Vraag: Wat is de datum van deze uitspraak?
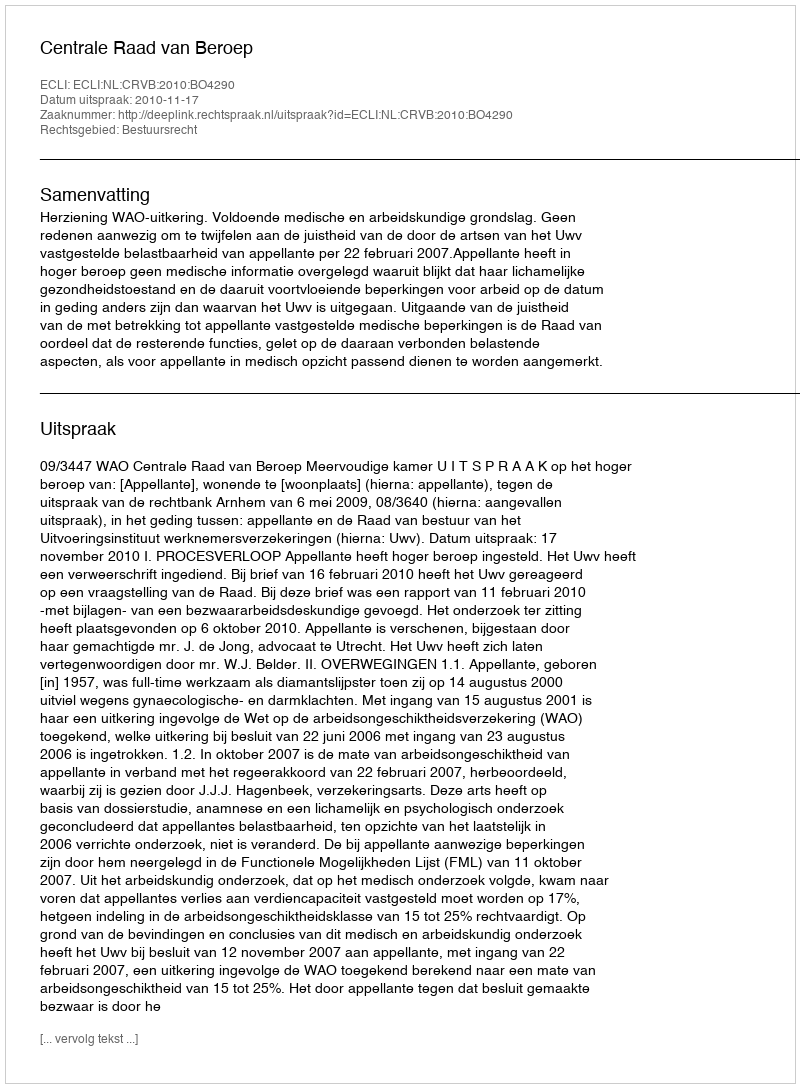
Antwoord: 2010-11-17